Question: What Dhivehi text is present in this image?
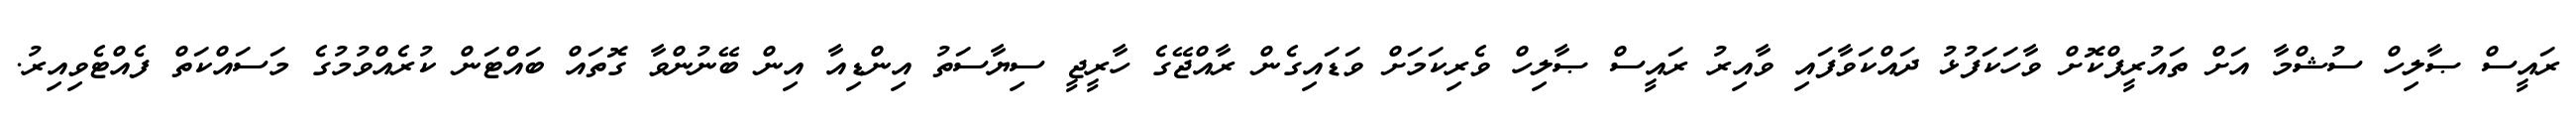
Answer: ރައީސް ޞާލިހް ސުޝްމާ އަށް ތައުރީފްކޮށް ވާހަކަފުޅު ދައްކަވާފައި ވާއިރު ރައީސް ޞާލިހް ވެރިކަމަށް ވަޑައިގެން ރާއްޖޭގެ ހާރީޖީ ސިޔާސަތު އިންޑިއާ އިން ބޭނުންވާ ގޮތައް ބައްޓަން ކުރެއްވުމުގެ މަސައްކަތް ފެއްޓެވިއިރު.